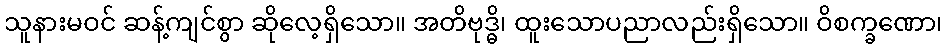
သူနားမဝင် ဆန့်ကျင်စွာ ဆိုလေ့ရှိသော။ အတိဗုဒ္ဓိ၊ ထူးသောပညာလည်းရှိသော။ ဝိစက္ခဏော၊